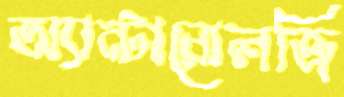
অ্যান্টারোলজি